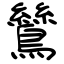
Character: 鷥